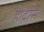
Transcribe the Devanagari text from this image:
होर्द़ोस